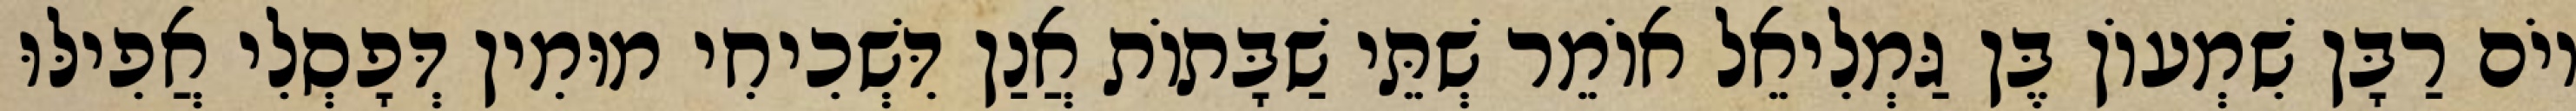
יוֹם רַבָּן שִׁמְעוֹן בֶּן גַּמְלִיאֵל אוֹמֵר שְׁתֵּי שַׁבָּתוֹת אֲנַן דִּשְׁכִיחִי מוּמִין דְּפָסְלִי אֲפִילּוּ